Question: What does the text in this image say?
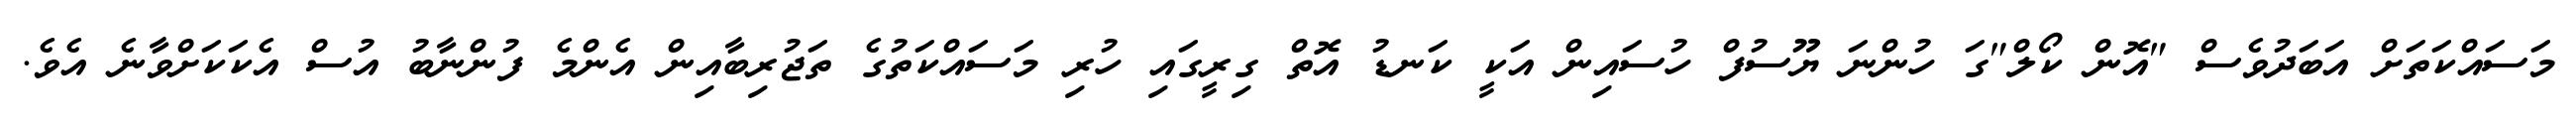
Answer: މަސައްކަތަށް އަބަދުވެސް "އޮން ކޯލް"ގަ ހުންނަ ޔޫސުފް ހުސައިން އަކީ ކަނޑު އޮތް ގިރީގައި ހުރި މަސައްކަތުގެ ތަޖުރިބާއިން އެންމެ ފުންނާބު އުސް އެކަކަށްވާނެ އެވެ.